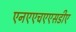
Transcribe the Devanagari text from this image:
एनएएचएएसडीए